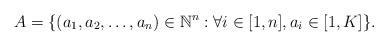
LaTeX: \begin{align*}A=\{(a_1,a_2,\dots,a_n)\in\mathbb{N}^n:\forall i\in [1,n], a_i\in [1,K]\}.\end{align*}